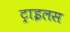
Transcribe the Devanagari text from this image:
ट्राइलस